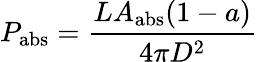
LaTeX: P_{\mathrm{{abs}}}={\frac{LA_{\mathrm{{abs}}}(1-a)}{4\pi D^{2}}}